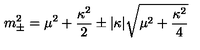
m _ { \pm } ^ { 2 } = \mu ^ { 2 } + { \frac { \kappa ^ { 2 } } { 2 } } \pm | \kappa | \sqrt { \mu ^ { 2 } + { \frac { \kappa ^ { 2 } } { 4 } } }